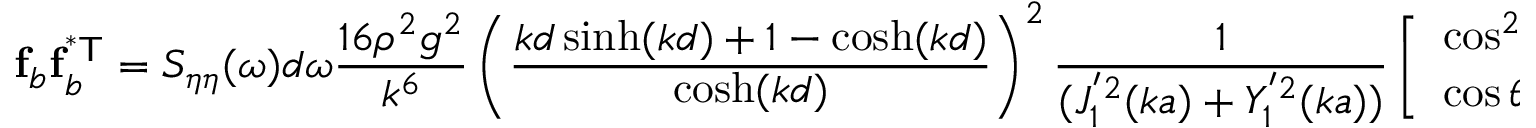
\mathbf { f } _ { b } \mathbf { f } _ { b } ^ { \mathsf { ^ { * } T } } = S _ { \eta \eta } ( \omega ) d \omega \frac { 1 6 \rho ^ { 2 } g ^ { 2 } } { k ^ { 6 } } \left( \frac { k d \sinh ( k d ) + 1 - \cosh ( k d ) } { \cosh ( k d ) } \right) ^ { 2 } \frac { 1 } { ( J _ { 1 } ^ { ' 2 } ( k a ) + Y _ { 1 } ^ { ' 2 } ( k a ) ) } \left[ \begin{array} { l l } { \cos ^ { 2 } \theta } & { \cos \theta \sin \theta } \\ { \cos \theta \sin \theta } & { \sin ^ { 2 } \theta } \end{array} \right]